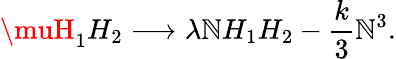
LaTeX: \muH_{1}H_{2}\longrightarrow\lambda\mathbb{N}H_{1}H_{2}-{\frac{{k}}{{3}}}\mathbb{N}^{3}.